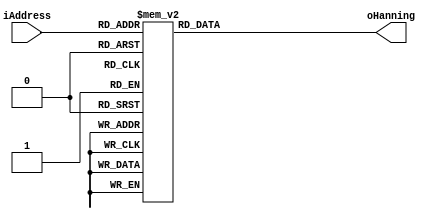
// Infer ROM storage for a hanning window
module hanningrom (
    input      [9:0]  iAddress,
    output reg [15:0] oHanning
);

always @ (iAddress)
begin
    case (iAddress)
        10'h00: oHanning = 16'h000;
        10'h01: oHanning = 16'h000;
        10'h02: oHanning = 16'h000;
        10'h03: oHanning = 16'h001;
        10'h04: oHanning = 16'h001;
        10'h05: oHanning = 16'h002;
        10'h06: oHanning = 16'h003;
        10'h07: oHanning = 16'h004;
        10'h08: oHanning = 16'h006;
        10'h09: oHanning = 16'h007;
        10'h0a: oHanning = 16'h009;
        10'h0b: oHanning = 16'h00b;
        10'h0c: oHanning = 16'h00c;
        10'h0d: oHanning = 16'h00f;
        10'h0e: oHanning = 16'h011;
        10'h0f: oHanning = 16'h013;
        10'h10: oHanning = 16'h016;
        10'h11: oHanning = 16'h018;
        10'h12: oHanning = 16'h01b;
        10'h13: oHanning = 16'h01e;
        10'h14: oHanning = 16'h021;
        10'h15: oHanning = 16'h025;
        10'h16: oHanning = 16'h028;
        10'h17: oHanning = 16'h02c;
        10'h18: oHanning = 16'h030;
        10'h19: oHanning = 16'h033;
        10'h1a: oHanning = 16'h037;
        10'h1b: oHanning = 16'h03c;
        10'h1c: oHanning = 16'h040;
        10'h1d: oHanning = 16'h045;
        10'h1e: oHanning = 16'h049;
        10'h1f: oHanning = 16'h04e;
        10'h20: oHanning = 16'h053;
        10'h21: oHanning = 16'h058;
        10'h22: oHanning = 16'h05d;
        10'h23: oHanning = 16'h063;
        10'h24: oHanning = 16'h068;
        10'h25: oHanning = 16'h06e;
        10'h26: oHanning = 16'h074;
        10'h27: oHanning = 16'h07a;
        10'h28: oHanning = 16'h080;
        10'h29: oHanning = 16'h087;
        10'h2a: oHanning = 16'h08d;
        10'h2b: oHanning = 16'h094;
        10'h2c: oHanning = 16'h09a;
        10'h2d: oHanning = 16'h0a1;
        10'h2e: oHanning = 16'h0a8;
        10'h2f: oHanning = 16'h0b0;
        10'h30: oHanning = 16'h0b7;
        10'h31: oHanning = 16'h0be;
        10'h32: oHanning = 16'h0c6;
        10'h33: oHanning = 16'h0ce;
        10'h34: oHanning = 16'h0d6;
        10'h35: oHanning = 16'h0de;
        10'h36: oHanning = 16'h0e6;
        10'h37: oHanning = 16'h0ee;
        10'h38: oHanning = 16'h0f7;
        10'h39: oHanning = 16'h100;
        10'h3a: oHanning = 16'h108;
        10'h3b: oHanning = 16'h111;
        10'h3c: oHanning = 16'h11b;
        10'h3d: oHanning = 16'h124;
        10'h3e: oHanning = 16'h12d;
        10'h3f: oHanning = 16'h137;
        10'h40: oHanning = 16'h140;
        10'h41: oHanning = 16'h14a;
        10'h42: oHanning = 16'h154;
        10'h43: oHanning = 16'h15e;
        10'h44: oHanning = 16'h168;
        10'h45: oHanning = 16'h173;
        10'h46: oHanning = 16'h17d;
        10'h47: oHanning = 16'h188;
        10'h48: oHanning = 16'h193;
        10'h49: oHanning = 16'h19e;
        10'h4a: oHanning = 16'h1a9;
        10'h4b: oHanning = 16'h1b4;
        10'h4c: oHanning = 16'h1bf;
        10'h4d: oHanning = 16'h1cb;
        10'h4e: oHanning = 16'h1d6;
        10'h4f: oHanning = 16'h1e2;
        10'h50: oHanning = 16'h1ee;
        10'h51: oHanning = 16'h1fa;
        10'h52: oHanning = 16'h206;
        10'h53: oHanning = 16'h213;
        10'h54: oHanning = 16'h21f;
        10'h55: oHanning = 16'h22c;
        10'h56: oHanning = 16'h238;
        10'h57: oHanning = 16'h245;
        10'h58: oHanning = 16'h252;
        10'h59: oHanning = 16'h25f;
        10'h5a: oHanning = 16'h26c;
        10'h5b: oHanning = 16'h27a;
        10'h5c: oHanning = 16'h287;
        10'h5d: oHanning = 16'h295;
        10'h5e: oHanning = 16'h2a3;
        10'h5f: oHanning = 16'h2b0;
        10'h60: oHanning = 16'h2be;
        10'h61: oHanning = 16'h2cd;
        10'h62: oHanning = 16'h2db;
        10'h63: oHanning = 16'h2e9;
        10'h64: oHanning = 16'h2f8;
        10'h65: oHanning = 16'h306;
        10'h66: oHanning = 16'h315;
        10'h67: oHanning = 16'h324;
        10'h68: oHanning = 16'h333;
        10'h69: oHanning = 16'h342;
        10'h6a: oHanning = 16'h351;
        10'h6b: oHanning = 16'h361;
        10'h6c: oHanning = 16'h370;
        10'h6d: oHanning = 16'h380;
        10'h6e: oHanning = 16'h390;
        10'h6f: oHanning = 16'h3a0;
        10'h70: oHanning = 16'h3af;
        10'h71: oHanning = 16'h3c0;
        10'h72: oHanning = 16'h3d0;
        10'h73: oHanning = 16'h3e0;
        10'h74: oHanning = 16'h3f1;
        10'h75: oHanning = 16'h401;
        10'h76: oHanning = 16'h412;
        10'h77: oHanning = 16'h423;
        10'h78: oHanning = 16'h433;
        10'h79: oHanning = 16'h445;
        10'h7a: oHanning = 16'h456;
        10'h7b: oHanning = 16'h467;
        10'h7c: oHanning = 16'h478;
        10'h7d: oHanning = 16'h48a;
        10'h7e: oHanning = 16'h49b;
        10'h7f: oHanning = 16'h4ad;
        10'h80: oHanning = 16'h4bf;
        10'h81: oHanning = 16'h4d1;
        10'h82: oHanning = 16'h4e3;
        10'h83: oHanning = 16'h4f5;
        10'h84: oHanning = 16'h507;
        10'h85: oHanning = 16'h519;
        10'h86: oHanning = 16'h52c;
        10'h87: oHanning = 16'h53e;
        10'h88: oHanning = 16'h551;
        10'h89: oHanning = 16'h564;
        10'h8a: oHanning = 16'h577;
        10'h8b: oHanning = 16'h58a;
        10'h8c: oHanning = 16'h59d;
        10'h8d: oHanning = 16'h5b0;
        10'h8e: oHanning = 16'h5c3;
        10'h8f: oHanning = 16'h5d6;
        10'h90: oHanning = 16'h5ea;
        10'h91: oHanning = 16'h5fd;
        10'h92: oHanning = 16'h611;
        10'h93: oHanning = 16'h625;
        10'h94: oHanning = 16'h638;
        10'h95: oHanning = 16'h64c;
        10'h96: oHanning = 16'h660;
        10'h97: oHanning = 16'h675;
        10'h98: oHanning = 16'h689;
        10'h99: oHanning = 16'h69d;
        10'h9a: oHanning = 16'h6b1;
        10'h9b: oHanning = 16'h6c6;
        10'h9c: oHanning = 16'h6da;
        10'h9d: oHanning = 16'h6ef;
        10'h9e: oHanning = 16'h704;
        10'h9f: oHanning = 16'h719;
        10'ha0: oHanning = 16'h72e;
        10'ha1: oHanning = 16'h743;
        10'ha2: oHanning = 16'h758;
        10'ha3: oHanning = 16'h76d;
        10'ha4: oHanning = 16'h782;
        10'ha5: oHanning = 16'h797;
        10'ha6: oHanning = 16'h7ad;
        10'ha7: oHanning = 16'h7c2;
        10'ha8: oHanning = 16'h7d8;
        10'ha9: oHanning = 16'h7ed;
        10'haa: oHanning = 16'h803;
        10'hab: oHanning = 16'h819;
        10'hac: oHanning = 16'h82f;
        10'had: oHanning = 16'h845;
        10'hae: oHanning = 16'h85b;
        10'haf: oHanning = 16'h871;
        10'hb0: oHanning = 16'h887;
        10'hb1: oHanning = 16'h89d;
        10'hb2: oHanning = 16'h8b4;
        10'hb3: oHanning = 16'h8ca;
        10'hb4: oHanning = 16'h8e0;
        10'hb5: oHanning = 16'h8f7;
        10'hb6: oHanning = 16'h90e;
        10'hb7: oHanning = 16'h924;
        10'hb8: oHanning = 16'h93b;
        10'hb9: oHanning = 16'h952;
        10'hba: oHanning = 16'h969;
        10'hbb: oHanning = 16'h97f;
        10'hbc: oHanning = 16'h996;
        10'hbd: oHanning = 16'h9ad;
        10'hbe: oHanning = 16'h9c5;
        10'hbf: oHanning = 16'h9dc;
        10'hc0: oHanning = 16'h9f3;
        10'hc1: oHanning = 16'ha0a;
        10'hc2: oHanning = 16'ha21;
        10'hc3: oHanning = 16'ha39;
        10'hc4: oHanning = 16'ha50;
        10'hc5: oHanning = 16'ha68;
        10'hc6: oHanning = 16'ha7f;
        10'hc7: oHanning = 16'ha97;
        10'hc8: oHanning = 16'haaf;
        10'hc9: oHanning = 16'hac6;
        10'hca: oHanning = 16'hade;
        10'hcb: oHanning = 16'haf6;
        10'hcc: oHanning = 16'hb0e;
        10'hcd: oHanning = 16'hb26;
        10'hce: oHanning = 16'hb3e;
        10'hcf: oHanning = 16'hb56;
        10'hd0: oHanning = 16'hb6e;
        10'hd1: oHanning = 16'hb86;
        10'hd2: oHanning = 16'hb9e;
        10'hd3: oHanning = 16'hbb6;
        10'hd4: oHanning = 16'hbce;
        10'hd5: oHanning = 16'hbe6;
        10'hd6: oHanning = 16'hbff;
        10'hd7: oHanning = 16'hc17;
        10'hd8: oHanning = 16'hc2f;
        10'hd9: oHanning = 16'hc48;
        10'hda: oHanning = 16'hc60;
        10'hdb: oHanning = 16'hc79;
        10'hdc: oHanning = 16'hc91;
        10'hdd: oHanning = 16'hcaa;
        10'hde: oHanning = 16'hcc2;
        10'hdf: oHanning = 16'hcdb;
        10'he0: oHanning = 16'hcf4;
        10'he1: oHanning = 16'hd0c;
        10'he2: oHanning = 16'hd25;
        10'he3: oHanning = 16'hd3e;
        10'he4: oHanning = 16'hd56;
        10'he5: oHanning = 16'hd6f;
        10'he6: oHanning = 16'hd88;
        10'he7: oHanning = 16'hda1;
        10'he8: oHanning = 16'hdba;
        10'he9: oHanning = 16'hdd3;
        10'hea: oHanning = 16'hdeb;
        10'heb: oHanning = 16'he04;
        10'hec: oHanning = 16'he1d;
        10'hed: oHanning = 16'he36;
        10'hee: oHanning = 16'he4f;
        10'hef: oHanning = 16'he68;
        10'hf0: oHanning = 16'he81;
        10'hf1: oHanning = 16'he9a;
        10'hf2: oHanning = 16'heb3;
        10'hf3: oHanning = 16'hecc;
        10'hf4: oHanning = 16'hee5;
        10'hf5: oHanning = 16'hefe;
        10'hf6: oHanning = 16'hf17;
        10'hf7: oHanning = 16'hf30;
        10'hf8: oHanning = 16'hf4a;
        10'hf9: oHanning = 16'hf63;
        10'hfa: oHanning = 16'hf7c;
        10'hfb: oHanning = 16'hf95;
        10'hfc: oHanning = 16'hfae;
        10'hfd: oHanning = 16'hfc7;
        10'hfe: oHanning = 16'hfe0;
        10'hff: oHanning = 16'hff9;
        10'h100: oHanning = 16'h1012;
        10'h101: oHanning = 16'h102b;
        10'h102: oHanning = 16'h1045;
        10'h103: oHanning = 16'h105e;
        10'h104: oHanning = 16'h1077;
        10'h105: oHanning = 16'h1090;
        10'h106: oHanning = 16'h10a9;
        10'h107: oHanning = 16'h10c2;
        10'h108: oHanning = 16'h10db;
        10'h109: oHanning = 16'h10f4;
        10'h10a: oHanning = 16'h110d;
        10'h10b: oHanning = 16'h1126;
        10'h10c: oHanning = 16'h113f;
        10'h10d: oHanning = 16'h1158;
        10'h10e: oHanning = 16'h1171;
        10'h10f: oHanning = 16'h118a;
        10'h110: oHanning = 16'h11a3;
        10'h111: oHanning = 16'h11bc;
        10'h112: oHanning = 16'h11d5;
        10'h113: oHanning = 16'h11ee;
        10'h114: oHanning = 16'h1207;
        10'h115: oHanning = 16'h1220;
        10'h116: oHanning = 16'h1239;
        10'h117: oHanning = 16'h1252;
        10'h118: oHanning = 16'h126b;
        10'h119: oHanning = 16'h1283;
        10'h11a: oHanning = 16'h129c;
        10'h11b: oHanning = 16'h12b5;
        10'h11c: oHanning = 16'h12ce;
        10'h11d: oHanning = 16'h12e6;
        10'h11e: oHanning = 16'h12ff;
        10'h11f: oHanning = 16'h1318;
        10'h120: oHanning = 16'h1330;
        10'h121: oHanning = 16'h1349;
        10'h122: oHanning = 16'h1361;
        10'h123: oHanning = 16'h137a;
        10'h124: oHanning = 16'h1392;
        10'h125: oHanning = 16'h13ab;
        10'h126: oHanning = 16'h13c3;
        10'h127: oHanning = 16'h13dc;
        10'h128: oHanning = 16'h13f4;
        10'h129: oHanning = 16'h140c;
        10'h12a: oHanning = 16'h1425;
        10'h12b: oHanning = 16'h143d;
        10'h12c: oHanning = 16'h1455;
        10'h12d: oHanning = 16'h146d;
        10'h12e: oHanning = 16'h1485;
        10'h12f: oHanning = 16'h149d;
        10'h130: oHanning = 16'h14b5;
        10'h131: oHanning = 16'h14cd;
        10'h132: oHanning = 16'h14e5;
        10'h133: oHanning = 16'h14fd;
        10'h134: oHanning = 16'h1515;
        10'h135: oHanning = 16'h152d;
        10'h136: oHanning = 16'h1545;
        10'h137: oHanning = 16'h155c;
        10'h138: oHanning = 16'h1574;
        10'h139: oHanning = 16'h158b;
        10'h13a: oHanning = 16'h15a3;
        10'h13b: oHanning = 16'h15ba;
        10'h13c: oHanning = 16'h15d2;
        10'h13d: oHanning = 16'h15e9;
        10'h13e: oHanning = 16'h1600;
        10'h13f: oHanning = 16'h1618;
        10'h140: oHanning = 16'h162f;
        10'h141: oHanning = 16'h1646;
        10'h142: oHanning = 16'h165d;
        10'h143: oHanning = 16'h1674;
        10'h144: oHanning = 16'h168b;
        10'h145: oHanning = 16'h16a2;
        10'h146: oHanning = 16'h16b9;
        10'h147: oHanning = 16'h16cf;
        10'h148: oHanning = 16'h16e6;
        10'h149: oHanning = 16'h16fd;
        10'h14a: oHanning = 16'h1713;
        10'h14b: oHanning = 16'h172a;
        10'h14c: oHanning = 16'h1740;
        10'h14d: oHanning = 16'h1757;
        10'h14e: oHanning = 16'h176d;
        10'h14f: oHanning = 16'h1783;
        10'h150: oHanning = 16'h1799;
        10'h151: oHanning = 16'h17af;
        10'h152: oHanning = 16'h17c5;
        10'h153: oHanning = 16'h17db;
        10'h154: oHanning = 16'h17f1;
        10'h155: oHanning = 16'h1807;
        10'h156: oHanning = 16'h181c;
        10'h157: oHanning = 16'h1832;
        10'h158: oHanning = 16'h1848;
        10'h159: oHanning = 16'h185d;
        10'h15a: oHanning = 16'h1872;
        10'h15b: oHanning = 16'h1888;
        10'h15c: oHanning = 16'h189d;
        10'h15d: oHanning = 16'h18b2;
        10'h15e: oHanning = 16'h18c7;
        10'h15f: oHanning = 16'h18dc;
        10'h160: oHanning = 16'h18f1;
        10'h161: oHanning = 16'h1906;
        10'h162: oHanning = 16'h191a;
        10'h163: oHanning = 16'h192f;
        10'h164: oHanning = 16'h1943;
        10'h165: oHanning = 16'h1958;
        10'h166: oHanning = 16'h196c;
        10'h167: oHanning = 16'h1980;
        10'h168: oHanning = 16'h1995;
        10'h169: oHanning = 16'h19a9;
        10'h16a: oHanning = 16'h19bd;
        10'h16b: oHanning = 16'h19d0;
        10'h16c: oHanning = 16'h19e4;
        10'h16d: oHanning = 16'h19f8;
        10'h16e: oHanning = 16'h1a0c;
        10'h16f: oHanning = 16'h1a1f;
        10'h170: oHanning = 16'h1a32;
        10'h171: oHanning = 16'h1a46;
        10'h172: oHanning = 16'h1a59;
        10'h173: oHanning = 16'h1a6c;
        10'h174: oHanning = 16'h1a7f;
        10'h175: oHanning = 16'h1a92;
        10'h176: oHanning = 16'h1aa5;
        10'h177: oHanning = 16'h1ab7;
        10'h178: oHanning = 16'h1aca;
        10'h179: oHanning = 16'h1adc;
        10'h17a: oHanning = 16'h1aef;
        10'h17b: oHanning = 16'h1b01;
        10'h17c: oHanning = 16'h1b13;
        10'h17d: oHanning = 16'h1b25;
        10'h17e: oHanning = 16'h1b37;
        10'h17f: oHanning = 16'h1b49;
        10'h180: oHanning = 16'h1b5b;
        10'h181: oHanning = 16'h1b6d;
        10'h182: oHanning = 16'h1b7e;
        10'h183: oHanning = 16'h1b8f;
        10'h184: oHanning = 16'h1ba1;
        10'h185: oHanning = 16'h1bb2;
        10'h186: oHanning = 16'h1bc3;
        10'h187: oHanning = 16'h1bd4;
        10'h188: oHanning = 16'h1be5;
        10'h189: oHanning = 16'h1bf6;
        10'h18a: oHanning = 16'h1c06;
        10'h18b: oHanning = 16'h1c17;
        10'h18c: oHanning = 16'h1c27;
        10'h18d: oHanning = 16'h1c37;
        10'h18e: oHanning = 16'h1c47;
        10'h18f: oHanning = 16'h1c58;
        10'h190: oHanning = 16'h1c67;
        10'h191: oHanning = 16'h1c77;
        10'h192: oHanning = 16'h1c87;
        10'h193: oHanning = 16'h1c96;
        10'h194: oHanning = 16'h1ca6;
        10'h195: oHanning = 16'h1cb5;
        10'h196: oHanning = 16'h1cc4;
        10'h197: oHanning = 16'h1cd3;
        10'h198: oHanning = 16'h1ce2;
        10'h199: oHanning = 16'h1cf1;
        10'h19a: oHanning = 16'h1d00;
        10'h19b: oHanning = 16'h1d0f;
        10'h19c: oHanning = 16'h1d1d;
        10'h19d: oHanning = 16'h1d2b;
        10'h19e: oHanning = 16'h1d39;
        10'h19f: oHanning = 16'h1d48;
        10'h1a0: oHanning = 16'h1d55;
        10'h1a1: oHanning = 16'h1d63;
        10'h1a2: oHanning = 16'h1d71;
        10'h1a3: oHanning = 16'h1d7e;
        10'h1a4: oHanning = 16'h1d8c;
        10'h1a5: oHanning = 16'h1d99;
        10'h1a6: oHanning = 16'h1da6;
        10'h1a7: oHanning = 16'h1db3;
        10'h1a8: oHanning = 16'h1dc0;
        10'h1a9: oHanning = 16'h1dcd;
        10'h1aa: oHanning = 16'h1dda;
        10'h1ab: oHanning = 16'h1de6;
        10'h1ac: oHanning = 16'h1df3;
        10'h1ad: oHanning = 16'h1dff;
        10'h1ae: oHanning = 16'h1e0b;
        10'h1af: oHanning = 16'h1e17;
        10'h1b0: oHanning = 16'h1e23;
        10'h1b1: oHanning = 16'h1e2e;
        10'h1b2: oHanning = 16'h1e3a;
        10'h1b3: oHanning = 16'h1e45;
        10'h1b4: oHanning = 16'h1e51;
        10'h1b5: oHanning = 16'h1e5c;
        10'h1b6: oHanning = 16'h1e67;
        10'h1b7: oHanning = 16'h1e72;
        10'h1b8: oHanning = 16'h1e7c;
        10'h1b9: oHanning = 16'h1e87;
        10'h1ba: oHanning = 16'h1e91;
        10'h1bb: oHanning = 16'h1e9c;
        10'h1bc: oHanning = 16'h1ea6;
        10'h1bd: oHanning = 16'h1eb0;
        10'h1be: oHanning = 16'h1eba;
        10'h1bf: oHanning = 16'h1ec3;
        10'h1c0: oHanning = 16'h1ecd;
        10'h1c1: oHanning = 16'h1ed7;
        10'h1c2: oHanning = 16'h1ee0;
        10'h1c3: oHanning = 16'h1ee9;
        10'h1c4: oHanning = 16'h1ef2;
        10'h1c5: oHanning = 16'h1efb;
        10'h1c6: oHanning = 16'h1f04;
        10'h1c7: oHanning = 16'h1f0c;
        10'h1c8: oHanning = 16'h1f15;
        10'h1c9: oHanning = 16'h1f1d;
        10'h1ca: oHanning = 16'h1f25;
        10'h1cb: oHanning = 16'h1f2d;
        10'h1cc: oHanning = 16'h1f35;
        10'h1cd: oHanning = 16'h1f3d;
        10'h1ce: oHanning = 16'h1f44;
        10'h1cf: oHanning = 16'h1f4c;
        10'h1d0: oHanning = 16'h1f53;
        10'h1d1: oHanning = 16'h1f5a;
        10'h1d2: oHanning = 16'h1f61;
        10'h1d3: oHanning = 16'h1f68;
        10'h1d4: oHanning = 16'h1f6f;
        10'h1d5: oHanning = 16'h1f75;
        10'h1d6: oHanning = 16'h1f7c;
        10'h1d7: oHanning = 16'h1f82;
        10'h1d8: oHanning = 16'h1f88;
        10'h1d9: oHanning = 16'h1f8e;
        10'h1da: oHanning = 16'h1f94;
        10'h1db: oHanning = 16'h1f99;
        10'h1dc: oHanning = 16'h1f9f;
        10'h1dd: oHanning = 16'h1fa4;
        10'h1de: oHanning = 16'h1fa9;
        10'h1df: oHanning = 16'h1fae;
        10'h1e0: oHanning = 16'h1fb3;
        10'h1e1: oHanning = 16'h1fb8;
        10'h1e2: oHanning = 16'h1fbd;
        10'h1e3: oHanning = 16'h1fc1;
        10'h1e4: oHanning = 16'h1fc5;
        10'h1e5: oHanning = 16'h1fca;
        10'h1e6: oHanning = 16'h1fce;
        10'h1e7: oHanning = 16'h1fd1;
        10'h1e8: oHanning = 16'h1fd5;
        10'h1e9: oHanning = 16'h1fd9;
        10'h1ea: oHanning = 16'h1fdc;
        10'h1eb: oHanning = 16'h1fdf;
        10'h1ec: oHanning = 16'h1fe2;
        10'h1ed: oHanning = 16'h1fe5;
        10'h1ee: oHanning = 16'h1fe8;
        10'h1ef: oHanning = 16'h1feb;
        10'h1f0: oHanning = 16'h1fed;
        10'h1f1: oHanning = 16'h1fef;
        10'h1f2: oHanning = 16'h1ff1;
        10'h1f3: oHanning = 16'h1ff3;
        10'h1f4: oHanning = 16'h1ff5;
        10'h1f5: oHanning = 16'h1ff7;
        10'h1f6: oHanning = 16'h1ff9;
        10'h1f7: oHanning = 16'h1ffa;
        10'h1f8: oHanning = 16'h1ffb;
        10'h1f9: oHanning = 16'h1ffc;
        10'h1fa: oHanning = 16'h1ffd;
        10'h1fb: oHanning = 16'h1ffe;
        10'h1fc: oHanning = 16'h1fff;
        10'h1fd: oHanning = 16'h1fff;
        10'h1fe: oHanning = 16'h1fff;
        10'h1ff: oHanning = 16'h1fff;
        10'h200: oHanning = 16'h1fff;
        10'h201: oHanning = 16'h1fff;
        10'h202: oHanning = 16'h1fff;
        10'h203: oHanning = 16'h1fff;
        10'h204: oHanning = 16'h1ffe;
        10'h205: oHanning = 16'h1ffd;
        10'h206: oHanning = 16'h1ffc;
        10'h207: oHanning = 16'h1ffb;
        10'h208: oHanning = 16'h1ffa;
        10'h209: oHanning = 16'h1ff9;
        10'h20a: oHanning = 16'h1ff7;
        10'h20b: oHanning = 16'h1ff5;
        10'h20c: oHanning = 16'h1ff3;
        10'h20d: oHanning = 16'h1ff1;
        10'h20e: oHanning = 16'h1fef;
        10'h20f: oHanning = 16'h1fed;
        10'h210: oHanning = 16'h1feb;
        10'h211: oHanning = 16'h1fe8;
        10'h212: oHanning = 16'h1fe5;
        10'h213: oHanning = 16'h1fe2;
        10'h214: oHanning = 16'h1fdf;
        10'h215: oHanning = 16'h1fdc;
        10'h216: oHanning = 16'h1fd9;
        10'h217: oHanning = 16'h1fd5;
        10'h218: oHanning = 16'h1fd1;
        10'h219: oHanning = 16'h1fce;
        10'h21a: oHanning = 16'h1fca;
        10'h21b: oHanning = 16'h1fc5;
        10'h21c: oHanning = 16'h1fc1;
        10'h21d: oHanning = 16'h1fbd;
        10'h21e: oHanning = 16'h1fb8;
        10'h21f: oHanning = 16'h1fb3;
        10'h220: oHanning = 16'h1fae;
        10'h221: oHanning = 16'h1fa9;
        10'h222: oHanning = 16'h1fa4;
        10'h223: oHanning = 16'h1f9f;
        10'h224: oHanning = 16'h1f99;
        10'h225: oHanning = 16'h1f94;
        10'h226: oHanning = 16'h1f8e;
        10'h227: oHanning = 16'h1f88;
        10'h228: oHanning = 16'h1f82;
        10'h229: oHanning = 16'h1f7c;
        10'h22a: oHanning = 16'h1f75;
        10'h22b: oHanning = 16'h1f6f;
        10'h22c: oHanning = 16'h1f68;
        10'h22d: oHanning = 16'h1f61;
        10'h22e: oHanning = 16'h1f5a;
        10'h22f: oHanning = 16'h1f53;
        10'h230: oHanning = 16'h1f4c;
        10'h231: oHanning = 16'h1f44;
        10'h232: oHanning = 16'h1f3d;
        10'h233: oHanning = 16'h1f35;
        10'h234: oHanning = 16'h1f2d;
        10'h235: oHanning = 16'h1f25;
        10'h236: oHanning = 16'h1f1d;
        10'h237: oHanning = 16'h1f15;
        10'h238: oHanning = 16'h1f0c;
        10'h239: oHanning = 16'h1f04;
        10'h23a: oHanning = 16'h1efb;
        10'h23b: oHanning = 16'h1ef2;
        10'h23c: oHanning = 16'h1ee9;
        10'h23d: oHanning = 16'h1ee0;
        10'h23e: oHanning = 16'h1ed7;
        10'h23f: oHanning = 16'h1ecd;
        10'h240: oHanning = 16'h1ec3;
        10'h241: oHanning = 16'h1eba;
        10'h242: oHanning = 16'h1eb0;
        10'h243: oHanning = 16'h1ea6;
        10'h244: oHanning = 16'h1e9c;
        10'h245: oHanning = 16'h1e91;
        10'h246: oHanning = 16'h1e87;
        10'h247: oHanning = 16'h1e7c;
        10'h248: oHanning = 16'h1e72;
        10'h249: oHanning = 16'h1e67;
        10'h24a: oHanning = 16'h1e5c;
        10'h24b: oHanning = 16'h1e51;
        10'h24c: oHanning = 16'h1e45;
        10'h24d: oHanning = 16'h1e3a;
        10'h24e: oHanning = 16'h1e2e;
        10'h24f: oHanning = 16'h1e23;
        10'h250: oHanning = 16'h1e17;
        10'h251: oHanning = 16'h1e0b;
        10'h252: oHanning = 16'h1dff;
        10'h253: oHanning = 16'h1df3;
        10'h254: oHanning = 16'h1de6;
        10'h255: oHanning = 16'h1dda;
        10'h256: oHanning = 16'h1dcd;
        10'h257: oHanning = 16'h1dc0;
        10'h258: oHanning = 16'h1db3;
        10'h259: oHanning = 16'h1da6;
        10'h25a: oHanning = 16'h1d99;
        10'h25b: oHanning = 16'h1d8c;
        10'h25c: oHanning = 16'h1d7e;
        10'h25d: oHanning = 16'h1d71;
        10'h25e: oHanning = 16'h1d63;
        10'h25f: oHanning = 16'h1d55;
        10'h260: oHanning = 16'h1d48;
        10'h261: oHanning = 16'h1d39;
        10'h262: oHanning = 16'h1d2b;
        10'h263: oHanning = 16'h1d1d;
        10'h264: oHanning = 16'h1d0f;
        10'h265: oHanning = 16'h1d00;
        10'h266: oHanning = 16'h1cf1;
        10'h267: oHanning = 16'h1ce2;
        10'h268: oHanning = 16'h1cd3;
        10'h269: oHanning = 16'h1cc4;
        10'h26a: oHanning = 16'h1cb5;
        10'h26b: oHanning = 16'h1ca6;
        10'h26c: oHanning = 16'h1c96;
        10'h26d: oHanning = 16'h1c87;
        10'h26e: oHanning = 16'h1c77;
        10'h26f: oHanning = 16'h1c67;
        10'h270: oHanning = 16'h1c58;
        10'h271: oHanning = 16'h1c47;
        10'h272: oHanning = 16'h1c37;
        10'h273: oHanning = 16'h1c27;
        10'h274: oHanning = 16'h1c17;
        10'h275: oHanning = 16'h1c06;
        10'h276: oHanning = 16'h1bf6;
        10'h277: oHanning = 16'h1be5;
        10'h278: oHanning = 16'h1bd4;
        10'h279: oHanning = 16'h1bc3;
        10'h27a: oHanning = 16'h1bb2;
        10'h27b: oHanning = 16'h1ba1;
        10'h27c: oHanning = 16'h1b8f;
        10'h27d: oHanning = 16'h1b7e;
        10'h27e: oHanning = 16'h1b6d;
        10'h27f: oHanning = 16'h1b5b;
        10'h280: oHanning = 16'h1b49;
        10'h281: oHanning = 16'h1b37;
        10'h282: oHanning = 16'h1b25;
        10'h283: oHanning = 16'h1b13;
        10'h284: oHanning = 16'h1b01;
        10'h285: oHanning = 16'h1aef;
        10'h286: oHanning = 16'h1adc;
        10'h287: oHanning = 16'h1aca;
        10'h288: oHanning = 16'h1ab7;
        10'h289: oHanning = 16'h1aa5;
        10'h28a: oHanning = 16'h1a92;
        10'h28b: oHanning = 16'h1a7f;
        10'h28c: oHanning = 16'h1a6c;
        10'h28d: oHanning = 16'h1a59;
        10'h28e: oHanning = 16'h1a46;
        10'h28f: oHanning = 16'h1a32;
        10'h290: oHanning = 16'h1a1f;
        10'h291: oHanning = 16'h1a0c;
        10'h292: oHanning = 16'h19f8;
        10'h293: oHanning = 16'h19e4;
        10'h294: oHanning = 16'h19d0;
        10'h295: oHanning = 16'h19bd;
        10'h296: oHanning = 16'h19a9;
        10'h297: oHanning = 16'h1995;
        10'h298: oHanning = 16'h1980;
        10'h299: oHanning = 16'h196c;
        10'h29a: oHanning = 16'h1958;
        10'h29b: oHanning = 16'h1943;
        10'h29c: oHanning = 16'h192f;
        10'h29d: oHanning = 16'h191a;
        10'h29e: oHanning = 16'h1906;
        10'h29f: oHanning = 16'h18f1;
        10'h2a0: oHanning = 16'h18dc;
        10'h2a1: oHanning = 16'h18c7;
        10'h2a2: oHanning = 16'h18b2;
        10'h2a3: oHanning = 16'h189d;
        10'h2a4: oHanning = 16'h1888;
        10'h2a5: oHanning = 16'h1872;
        10'h2a6: oHanning = 16'h185d;
        10'h2a7: oHanning = 16'h1848;
        10'h2a8: oHanning = 16'h1832;
        10'h2a9: oHanning = 16'h181c;
        10'h2aa: oHanning = 16'h1807;
        10'h2ab: oHanning = 16'h17f1;
        10'h2ac: oHanning = 16'h17db;
        10'h2ad: oHanning = 16'h17c5;
        10'h2ae: oHanning = 16'h17af;
        10'h2af: oHanning = 16'h1799;
        10'h2b0: oHanning = 16'h1783;
        10'h2b1: oHanning = 16'h176d;
        10'h2b2: oHanning = 16'h1757;
        10'h2b3: oHanning = 16'h1740;
        10'h2b4: oHanning = 16'h172a;
        10'h2b5: oHanning = 16'h1713;
        10'h2b6: oHanning = 16'h16fd;
        10'h2b7: oHanning = 16'h16e6;
        10'h2b8: oHanning = 16'h16cf;
        10'h2b9: oHanning = 16'h16b9;
        10'h2ba: oHanning = 16'h16a2;
        10'h2bb: oHanning = 16'h168b;
        10'h2bc: oHanning = 16'h1674;
        10'h2bd: oHanning = 16'h165d;
        10'h2be: oHanning = 16'h1646;
        10'h2bf: oHanning = 16'h162f;
        10'h2c0: oHanning = 16'h1618;
        10'h2c1: oHanning = 16'h1600;
        10'h2c2: oHanning = 16'h15e9;
        10'h2c3: oHanning = 16'h15d2;
        10'h2c4: oHanning = 16'h15ba;
        10'h2c5: oHanning = 16'h15a3;
        10'h2c6: oHanning = 16'h158b;
        10'h2c7: oHanning = 16'h1574;
        10'h2c8: oHanning = 16'h155c;
        10'h2c9: oHanning = 16'h1545;
        10'h2ca: oHanning = 16'h152d;
        10'h2cb: oHanning = 16'h1515;
        10'h2cc: oHanning = 16'h14fd;
        10'h2cd: oHanning = 16'h14e5;
        10'h2ce: oHanning = 16'h14cd;
        10'h2cf: oHanning = 16'h14b5;
        10'h2d0: oHanning = 16'h149d;
        10'h2d1: oHanning = 16'h1485;
        10'h2d2: oHanning = 16'h146d;
        10'h2d3: oHanning = 16'h1455;
        10'h2d4: oHanning = 16'h143d;
        10'h2d5: oHanning = 16'h1425;
        10'h2d6: oHanning = 16'h140c;
        10'h2d7: oHanning = 16'h13f4;
        10'h2d8: oHanning = 16'h13dc;
        10'h2d9: oHanning = 16'h13c3;
        10'h2da: oHanning = 16'h13ab;
        10'h2db: oHanning = 16'h1392;
        10'h2dc: oHanning = 16'h137a;
        10'h2dd: oHanning = 16'h1361;
        10'h2de: oHanning = 16'h1349;
        10'h2df: oHanning = 16'h1330;
        10'h2e0: oHanning = 16'h1318;
        10'h2e1: oHanning = 16'h12ff;
        10'h2e2: oHanning = 16'h12e6;
        10'h2e3: oHanning = 16'h12ce;
        10'h2e4: oHanning = 16'h12b5;
        10'h2e5: oHanning = 16'h129c;
        10'h2e6: oHanning = 16'h1283;
        10'h2e7: oHanning = 16'h126b;
        10'h2e8: oHanning = 16'h1252;
        10'h2e9: oHanning = 16'h1239;
        10'h2ea: oHanning = 16'h1220;
        10'h2eb: oHanning = 16'h1207;
        10'h2ec: oHanning = 16'h11ee;
        10'h2ed: oHanning = 16'h11d5;
        10'h2ee: oHanning = 16'h11bc;
        10'h2ef: oHanning = 16'h11a3;
        10'h2f0: oHanning = 16'h118a;
        10'h2f1: oHanning = 16'h1171;
        10'h2f2: oHanning = 16'h1158;
        10'h2f3: oHanning = 16'h113f;
        10'h2f4: oHanning = 16'h1126;
        10'h2f5: oHanning = 16'h110d;
        10'h2f6: oHanning = 16'h10f4;
        10'h2f7: oHanning = 16'h10db;
        10'h2f8: oHanning = 16'h10c2;
        10'h2f9: oHanning = 16'h10a9;
        10'h2fa: oHanning = 16'h1090;
        10'h2fb: oHanning = 16'h1077;
        10'h2fc: oHanning = 16'h105e;
        10'h2fd: oHanning = 16'h1045;
        10'h2fe: oHanning = 16'h102b;
        10'h2ff: oHanning = 16'h1012;
        10'h300: oHanning = 16'hff9;
        10'h301: oHanning = 16'hfe0;
        10'h302: oHanning = 16'hfc7;
        10'h303: oHanning = 16'hfae;
        10'h304: oHanning = 16'hf95;
        10'h305: oHanning = 16'hf7c;
        10'h306: oHanning = 16'hf63;
        10'h307: oHanning = 16'hf4a;
        10'h308: oHanning = 16'hf30;
        10'h309: oHanning = 16'hf17;
        10'h30a: oHanning = 16'hefe;
        10'h30b: oHanning = 16'hee5;
        10'h30c: oHanning = 16'hecc;
        10'h30d: oHanning = 16'heb3;
        10'h30e: oHanning = 16'he9a;
        10'h30f: oHanning = 16'he81;
        10'h310: oHanning = 16'he68;
        10'h311: oHanning = 16'he4f;
        10'h312: oHanning = 16'he36;
        10'h313: oHanning = 16'he1d;
        10'h314: oHanning = 16'he04;
        10'h315: oHanning = 16'hdeb;
        10'h316: oHanning = 16'hdd3;
        10'h317: oHanning = 16'hdba;
        10'h318: oHanning = 16'hda1;
        10'h319: oHanning = 16'hd88;
        10'h31a: oHanning = 16'hd6f;
        10'h31b: oHanning = 16'hd56;
        10'h31c: oHanning = 16'hd3e;
        10'h31d: oHanning = 16'hd25;
        10'h31e: oHanning = 16'hd0c;
        10'h31f: oHanning = 16'hcf4;
        10'h320: oHanning = 16'hcdb;
        10'h321: oHanning = 16'hcc2;
        10'h322: oHanning = 16'hcaa;
        10'h323: oHanning = 16'hc91;
        10'h324: oHanning = 16'hc79;
        10'h325: oHanning = 16'hc60;
        10'h326: oHanning = 16'hc48;
        10'h327: oHanning = 16'hc2f;
        10'h328: oHanning = 16'hc17;
        10'h329: oHanning = 16'hbff;
        10'h32a: oHanning = 16'hbe6;
        10'h32b: oHanning = 16'hbce;
        10'h32c: oHanning = 16'hbb6;
        10'h32d: oHanning = 16'hb9e;
        10'h32e: oHanning = 16'hb86;
        10'h32f: oHanning = 16'hb6e;
        10'h330: oHanning = 16'hb56;
        10'h331: oHanning = 16'hb3e;
        10'h332: oHanning = 16'hb26;
        10'h333: oHanning = 16'hb0e;
        10'h334: oHanning = 16'haf6;
        10'h335: oHanning = 16'hade;
        10'h336: oHanning = 16'hac6;
        10'h337: oHanning = 16'haaf;
        10'h338: oHanning = 16'ha97;
        10'h339: oHanning = 16'ha7f;
        10'h33a: oHanning = 16'ha68;
        10'h33b: oHanning = 16'ha50;
        10'h33c: oHanning = 16'ha39;
        10'h33d: oHanning = 16'ha21;
        10'h33e: oHanning = 16'ha0a;
        10'h33f: oHanning = 16'h9f3;
        10'h340: oHanning = 16'h9dc;
        10'h341: oHanning = 16'h9c5;
        10'h342: oHanning = 16'h9ad;
        10'h343: oHanning = 16'h996;
        10'h344: oHanning = 16'h97f;
        10'h345: oHanning = 16'h969;
        10'h346: oHanning = 16'h952;
        10'h347: oHanning = 16'h93b;
        10'h348: oHanning = 16'h924;
        10'h349: oHanning = 16'h90e;
        10'h34a: oHanning = 16'h8f7;
        10'h34b: oHanning = 16'h8e0;
        10'h34c: oHanning = 16'h8ca;
        10'h34d: oHanning = 16'h8b4;
        10'h34e: oHanning = 16'h89d;
        10'h34f: oHanning = 16'h887;
        10'h350: oHanning = 16'h871;
        10'h351: oHanning = 16'h85b;
        10'h352: oHanning = 16'h845;
        10'h353: oHanning = 16'h82f;
        10'h354: oHanning = 16'h819;
        10'h355: oHanning = 16'h803;
        10'h356: oHanning = 16'h7ed;
        10'h357: oHanning = 16'h7d8;
        10'h358: oHanning = 16'h7c2;
        10'h359: oHanning = 16'h7ad;
        10'h35a: oHanning = 16'h797;
        10'h35b: oHanning = 16'h782;
        10'h35c: oHanning = 16'h76d;
        10'h35d: oHanning = 16'h758;
        10'h35e: oHanning = 16'h743;
        10'h35f: oHanning = 16'h72e;
        10'h360: oHanning = 16'h719;
        10'h361: oHanning = 16'h704;
        10'h362: oHanning = 16'h6ef;
        10'h363: oHanning = 16'h6da;
        10'h364: oHanning = 16'h6c6;
        10'h365: oHanning = 16'h6b1;
        10'h366: oHanning = 16'h69d;
        10'h367: oHanning = 16'h689;
        10'h368: oHanning = 16'h675;
        10'h369: oHanning = 16'h660;
        10'h36a: oHanning = 16'h64c;
        10'h36b: oHanning = 16'h638;
        10'h36c: oHanning = 16'h625;
        10'h36d: oHanning = 16'h611;
        10'h36e: oHanning = 16'h5fd;
        10'h36f: oHanning = 16'h5ea;
        10'h370: oHanning = 16'h5d6;
        10'h371: oHanning = 16'h5c3;
        10'h372: oHanning = 16'h5b0;
        10'h373: oHanning = 16'h59d;
        10'h374: oHanning = 16'h58a;
        10'h375: oHanning = 16'h577;
        10'h376: oHanning = 16'h564;
        10'h377: oHanning = 16'h551;
        10'h378: oHanning = 16'h53e;
        10'h379: oHanning = 16'h52c;
        10'h37a: oHanning = 16'h519;
        10'h37b: oHanning = 16'h507;
        10'h37c: oHanning = 16'h4f5;
        10'h37d: oHanning = 16'h4e3;
        10'h37e: oHanning = 16'h4d1;
        10'h37f: oHanning = 16'h4bf;
        10'h380: oHanning = 16'h4ad;
        10'h381: oHanning = 16'h49b;
        10'h382: oHanning = 16'h48a;
        10'h383: oHanning = 16'h478;
        10'h384: oHanning = 16'h467;
        10'h385: oHanning = 16'h456;
        10'h386: oHanning = 16'h445;
        10'h387: oHanning = 16'h433;
        10'h388: oHanning = 16'h423;
        10'h389: oHanning = 16'h412;
        10'h38a: oHanning = 16'h401;
        10'h38b: oHanning = 16'h3f1;
        10'h38c: oHanning = 16'h3e0;
        10'h38d: oHanning = 16'h3d0;
        10'h38e: oHanning = 16'h3c0;
        10'h38f: oHanning = 16'h3af;
        10'h390: oHanning = 16'h3a0;
        10'h391: oHanning = 16'h390;
        10'h392: oHanning = 16'h380;
        10'h393: oHanning = 16'h370;
        10'h394: oHanning = 16'h361;
        10'h395: oHanning = 16'h351;
        10'h396: oHanning = 16'h342;
        10'h397: oHanning = 16'h333;
        10'h398: oHanning = 16'h324;
        10'h399: oHanning = 16'h315;
        10'h39a: oHanning = 16'h306;
        10'h39b: oHanning = 16'h2f8;
        10'h39c: oHanning = 16'h2e9;
        10'h39d: oHanning = 16'h2db;
        10'h39e: oHanning = 16'h2cd;
        10'h39f: oHanning = 16'h2be;
        10'h3a0: oHanning = 16'h2b0;
        10'h3a1: oHanning = 16'h2a3;
        10'h3a2: oHanning = 16'h295;
        10'h3a3: oHanning = 16'h287;
        10'h3a4: oHanning = 16'h27a;
        10'h3a5: oHanning = 16'h26c;
        10'h3a6: oHanning = 16'h25f;
        10'h3a7: oHanning = 16'h252;
        10'h3a8: oHanning = 16'h245;
        10'h3a9: oHanning = 16'h238;
        10'h3aa: oHanning = 16'h22c;
        10'h3ab: oHanning = 16'h21f;
        10'h3ac: oHanning = 16'h213;
        10'h3ad: oHanning = 16'h206;
        10'h3ae: oHanning = 16'h1fa;
        10'h3af: oHanning = 16'h1ee;
        10'h3b0: oHanning = 16'h1e2;
        10'h3b1: oHanning = 16'h1d6;
        10'h3b2: oHanning = 16'h1cb;
        10'h3b3: oHanning = 16'h1bf;
        10'h3b4: oHanning = 16'h1b4;
        10'h3b5: oHanning = 16'h1a9;
        10'h3b6: oHanning = 16'h19e;
        10'h3b7: oHanning = 16'h193;
        10'h3b8: oHanning = 16'h188;
        10'h3b9: oHanning = 16'h17d;
        10'h3ba: oHanning = 16'h173;
        10'h3bb: oHanning = 16'h168;
        10'h3bc: oHanning = 16'h15e;
        10'h3bd: oHanning = 16'h154;
        10'h3be: oHanning = 16'h14a;
        10'h3bf: oHanning = 16'h140;
        10'h3c0: oHanning = 16'h137;
        10'h3c1: oHanning = 16'h12d;
        10'h3c2: oHanning = 16'h124;
        10'h3c3: oHanning = 16'h11b;
        10'h3c4: oHanning = 16'h111;
        10'h3c5: oHanning = 16'h108;
        10'h3c6: oHanning = 16'h100;
        10'h3c7: oHanning = 16'h0f7;
        10'h3c8: oHanning = 16'h0ee;
        10'h3c9: oHanning = 16'h0e6;
        10'h3ca: oHanning = 16'h0de;
        10'h3cb: oHanning = 16'h0d6;
        10'h3cc: oHanning = 16'h0ce;
        10'h3cd: oHanning = 16'h0c6;
        10'h3ce: oHanning = 16'h0be;
        10'h3cf: oHanning = 16'h0b7;
        10'h3d0: oHanning = 16'h0b0;
        10'h3d1: oHanning = 16'h0a8;
        10'h3d2: oHanning = 16'h0a1;
        10'h3d3: oHanning = 16'h09a;
        10'h3d4: oHanning = 16'h094;
        10'h3d5: oHanning = 16'h08d;
        10'h3d6: oHanning = 16'h087;
        10'h3d7: oHanning = 16'h080;
        10'h3d8: oHanning = 16'h07a;
        10'h3d9: oHanning = 16'h074;
        10'h3da: oHanning = 16'h06e;
        10'h3db: oHanning = 16'h068;
        10'h3dc: oHanning = 16'h063;
        10'h3dd: oHanning = 16'h05d;
        10'h3de: oHanning = 16'h058;
        10'h3df: oHanning = 16'h053;
        10'h3e0: oHanning = 16'h04e;
        10'h3e1: oHanning = 16'h049;
        10'h3e2: oHanning = 16'h045;
        10'h3e3: oHanning = 16'h040;
        10'h3e4: oHanning = 16'h03c;
        10'h3e5: oHanning = 16'h037;
        10'h3e6: oHanning = 16'h033;
        10'h3e7: oHanning = 16'h030;
        10'h3e8: oHanning = 16'h02c;
        10'h3e9: oHanning = 16'h028;
        10'h3ea: oHanning = 16'h025;
        10'h3eb: oHanning = 16'h021;
        10'h3ec: oHanning = 16'h01e;
        10'h3ed: oHanning = 16'h01b;
        10'h3ee: oHanning = 16'h018;
        10'h3ef: oHanning = 16'h016;
        10'h3f0: oHanning = 16'h013;
        10'h3f1: oHanning = 16'h011;
        10'h3f2: oHanning = 16'h00f;
        10'h3f3: oHanning = 16'h00c;
        10'h3f4: oHanning = 16'h00b;
        10'h3f5: oHanning = 16'h009;
        10'h3f6: oHanning = 16'h007;
        10'h3f7: oHanning = 16'h006;
        10'h3f8: oHanning = 16'h004;
        10'h3f9: oHanning = 16'h003;
        10'h3fa: oHanning = 16'h002;
        10'h3fb: oHanning = 16'h001;
        10'h3fc: oHanning = 16'h001;
        10'h3fd: oHanning = 16'h000;
        10'h3fe: oHanning = 16'h000;
        10'h3ff: oHanning = 16'h000;
    endcase
end

endmodule